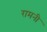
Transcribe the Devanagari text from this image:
रामनी